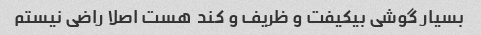
بسیار گوشی بیکیفت و ظریف و کند  هست اصلا راضی نیستم